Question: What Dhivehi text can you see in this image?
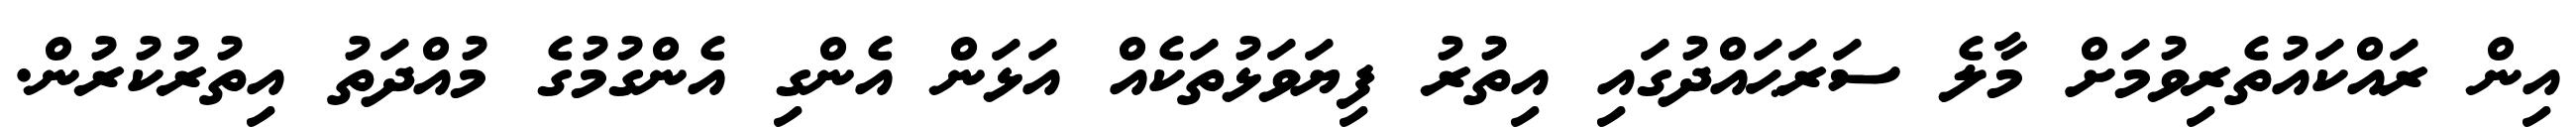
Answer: އިން ރައްކައުތެރިވުމަށް މާލެ ސަރަޙައްދުގައި އިތުރު ފިޔަވަޅުތަކެއް އަޅަން އެންގި އެންގުމުގެ މުއްދަތު އިތުރުކުރުން.